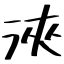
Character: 浹